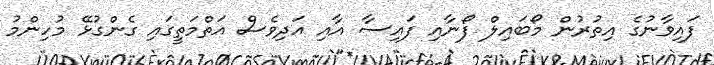
ފައިވާނުގެ އިތުރުން މޯބައިލް ފޯނާއި ފައިސާ އާއި އަދިވެސް އަތްމަތީގައި ގެންގުޅޭ މުހިންމު